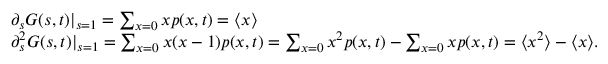
\begin{array} { r l } & { \partial _ { s } G ( s , t ) | _ { s = 1 } = \sum _ { x = 0 } x p ( x , t ) = \langle x \rangle } \\ & { \partial _ { s } ^ { 2 } G ( s , t ) | _ { s = 1 } = \sum _ { x = 0 } x ( x - 1 ) p ( x , t ) = \sum _ { x = 0 } x ^ { 2 } p ( x , t ) - \sum _ { x = 0 } x p ( x , t ) = \langle x ^ { 2 } \rangle - \langle x \rangle . } \end{array}